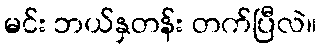
မင်း ဘယ်နှတန်း တက်ပြီလဲ။